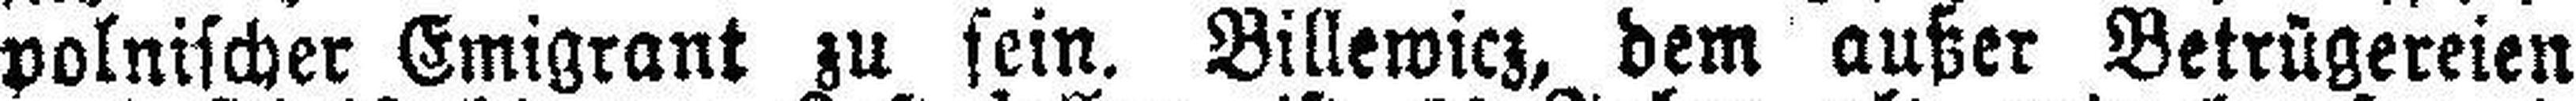
polnischer Emigrant zu sein. Billewicz, dem außer Betrügereien